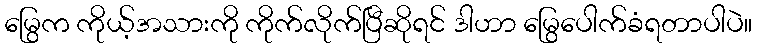
မြွေက ကိုယ့်အသားကို ကိုက်လိုက်ပြီဆိုရင် ဒါဟာ မြွေပေါက်ခံရတာပါပဲ။